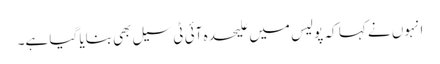
انہوں نے کہا کہ پولیس میں علیحدہ آئی ٹی سیل بھی بنایا گیا ہے۔